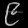
Digit: ၉